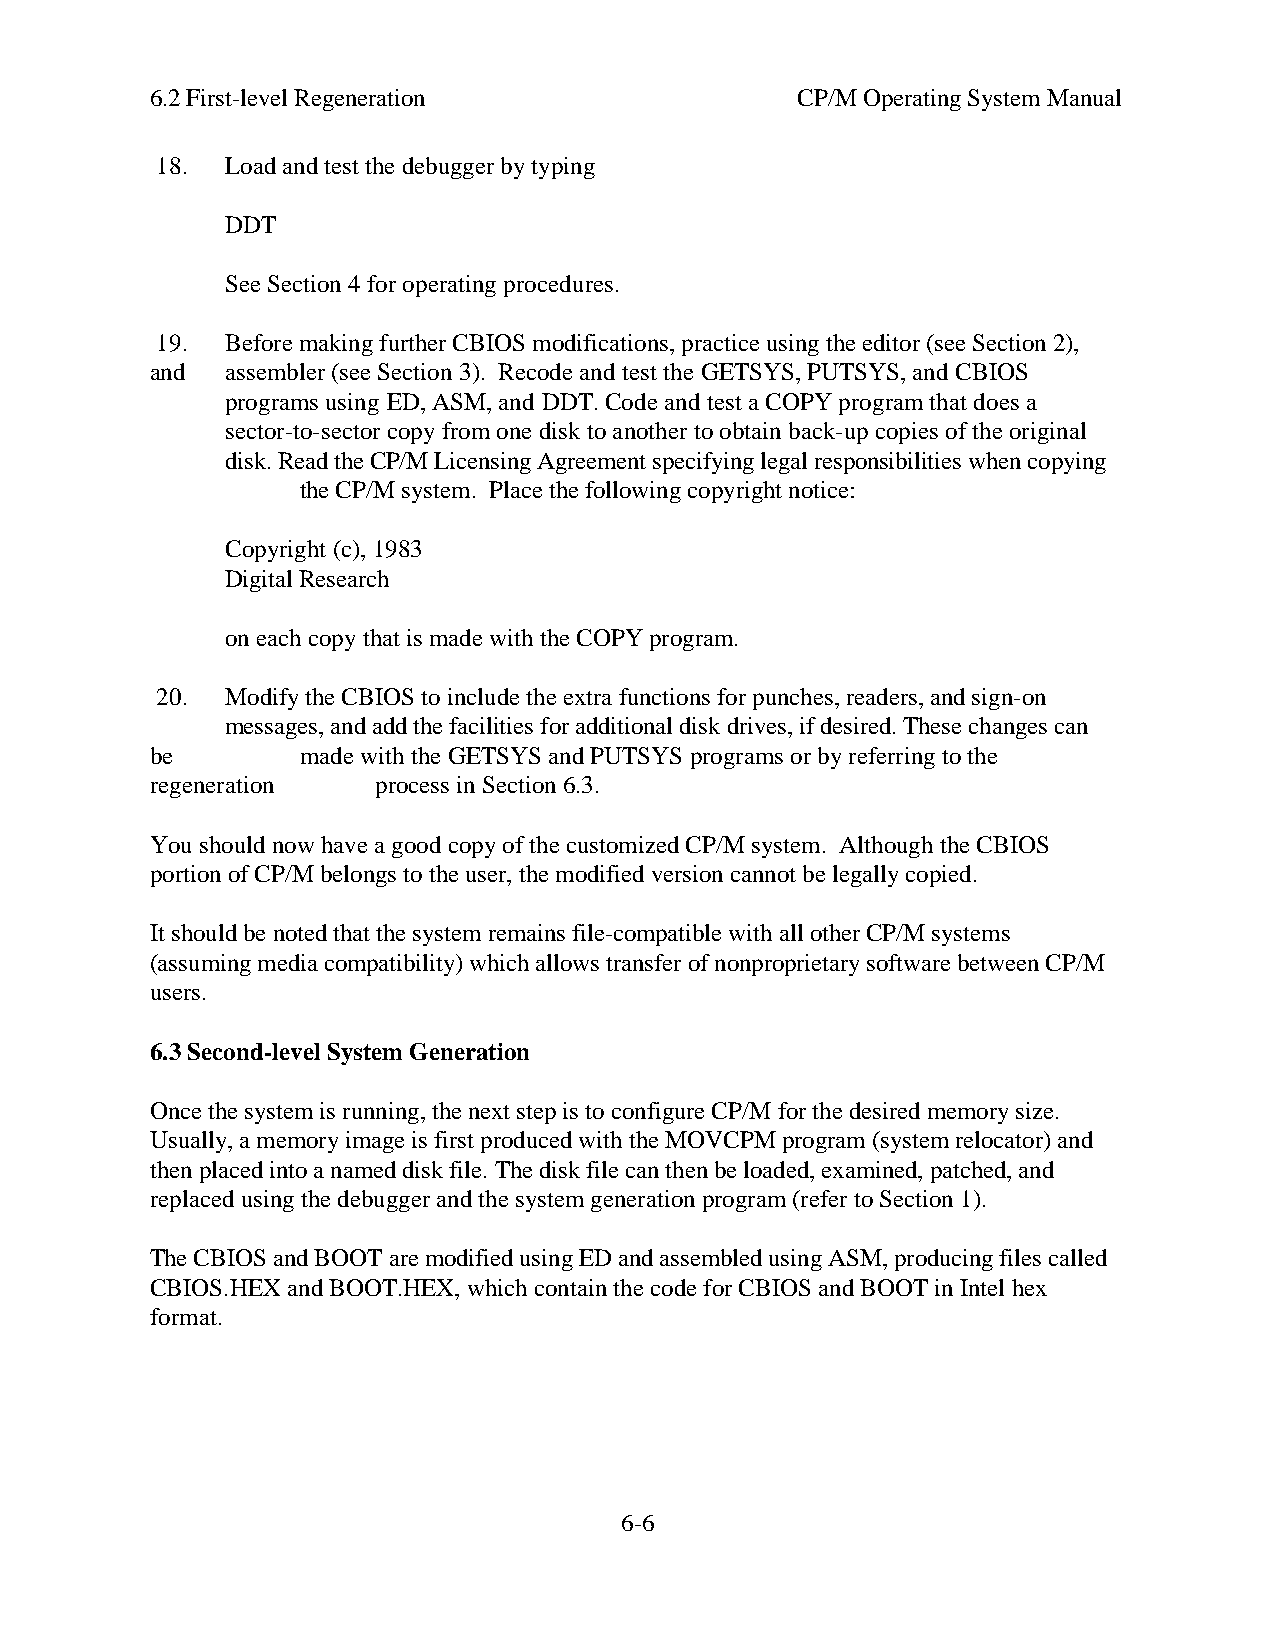
6.2 First-level Regeneration               CP/M Operating System Manual
 18.  Load and test the debugger by typing
 DDT
 See Section 4 for operating procedures.
 19.  Before making further CBIOS modifications, practice using the editor (see Section 2),
 and  assembler (see Section 3). Recode and test the GETSYS, PUTSYS, and CBIOS
 programs using ED, ASM, and DDT. Code and test a COPY program that does a
 sector-to-sector copy from one disk to another to obtain back-up copies of the original
 disk. Read the CP/M Licensing Agreement specifying legal responsibilities when copying
 the CP/M system. Place the following copyright notice:
 Copyright (c), 1983
 Digital Research
 on each copy that is made with the COPY program.
 20.  Modify the CBIOS to include the extra functions for punches, readers, and sign-on
 messages, and add the facilities for additional disk drives, if desired. These changes can
 be        made with the GETSYS and PUTSYS programs or by referring to the
 regeneration   process in Section 6.3.
 You should now have a good copy of the customized CP/M system. Although the CBIOS
 portion of CP/M belongs to the user, the modified version cannot be legally copied.
 It should be noted that the system remains file-compatible with all other CP/M systems
 (assuming media compatibility) which allows transfer of nonproprietary software between CP/M
 users.
 6.3 Second-level System Generation
 Once the system is running, the next step is to configure CP/M for the desired memory size.
 Usually, a memory image is first produced with the MOVCPM program (system relocator) and
 then placed into a named disk file. The disk file can then be loaded, examined, patched, and
 replaced using the debugger and the system generation program (refer to Section 1).
 The CBIOS and BOOT are modified using ED and assembled using ASM, producing files called
 CBIOS.HEX and BOOT.HEX, which contain the code for CBIOS and BOOT in Intel hex
 format.
 6-6